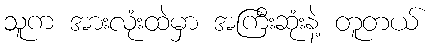
သူက အားလုံးထဲမှာ အကြီးဆုံးနဲ့ တူတယ်